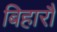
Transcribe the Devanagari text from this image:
बिहारौं